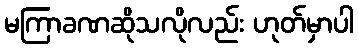
မကြာခဏဆိုသလိုလည်း ဟုတ်မှာပါ